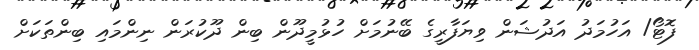
ފޮޓޯ/ އަހުމަދު އަދުޝަން ވިޔަފާރީގެ ބޭނުމަށް ހުޅުމީދޫން ބިން ދޫކުރަން ނިންމައި ބިންތަކަށް